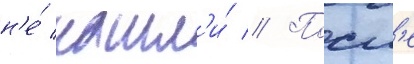
н'е́ нашл'и́ // Посл'е